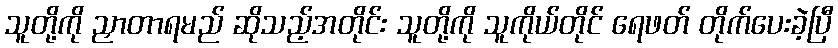
သူတို့ကို ညှာတာရမည် ဆိုသည့်အတိုင်း သူတို့ကို သူကိုယ်တိုင် ရေဖတ် တိုက်ပေးခဲ့ပြီ